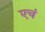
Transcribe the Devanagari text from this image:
एचं